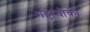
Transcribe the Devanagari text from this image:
गड्डाचौकी